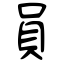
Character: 員